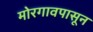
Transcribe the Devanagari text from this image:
मोरगावपासून